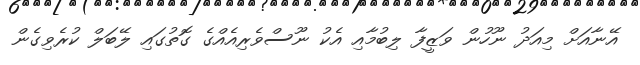
އޭނާއަށް މިއަދު ނޫހުން ވަޒީފާ ލިބުމާއި އެކު ނޫސްވެރިއެއްގެ ގޮތުގައި ލޭބަލް ކުރެވިގެން